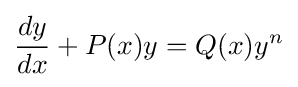
{\frac {dy}{dx}}+P(x)y=Q(x)y^{n}